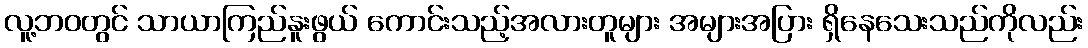
လူ့ဘဝတွင် သာယာကြည်နူးဖွယ် ကောင်းသည့်အလားတူများ အများအပြား ရှိနေသေးသည်ကိုလည်း